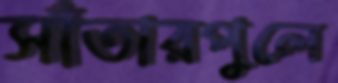
সাঁতারপুলে